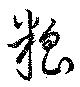
粮